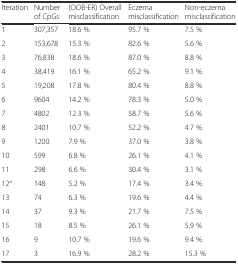
<table><thead><tr><td><b>Iteration</b></td><td><b>Number of CpGs</b></td><td><b>(OOB-ER) Overall misclassification</b></td><td><b>Eczema misclassification</b></td><td><b>Non-eczema misclassification</b></td></tr></thead><tbody><tr><td>1</td><td>307,357</td><td>18.6 %</td><td>95.7 %</td><td>7.5 %</td></tr><tr><td>2</td><td>153,678</td><td>15.3 %</td><td>82.6 %</td><td>5.6 %</td></tr><tr><td>3</td><td>76,838</td><td>18.6 %</td><td>87.0 %</td><td>8.8 %</td></tr><tr><td>4</td><td>38,419</td><td>16.1 %</td><td>65.2 %</td><td>9.1 %</td></tr><tr><td>5</td><td>19,208</td><td>17.8 %</td><td>80.4 %</td><td>8.8 %</td></tr><tr><td>6</td><td>9604</td><td>14.2 %</td><td>78.3 %</td><td>5.0 %</td></tr><tr><td>7</td><td>4802</td><td>12.3 %</td><td>58.7 %</td><td>5.6 %</td></tr><tr><td>8</td><td>2401</td><td>10.7 %</td><td>52.2 %</td><td>4.7 %</td></tr><tr><td>9</td><td>1200</td><td>7.9 %</td><td>37.0 %</td><td>3.8 %</td></tr><tr><td>10</td><td>599</td><td>6.8 %</td><td>26.1 %</td><td>4.1 %</td></tr><tr><td>11</td><td>298</td><td>6.6 %</td><td>30.4 %</td><td>3.1 %</td></tr><tr><td>12<sup>a</sup></td><td>148</td><td>5.2 %</td><td>17.4 %</td><td>3.4 %</td></tr><tr><td>13</td><td>74</td><td>6.3 %</td><td>19.6 %</td><td>4.4 %</td></tr><tr><td>14</td><td>37</td><td>9.3 %</td><td>21.7 %</td><td>7.5 %</td></tr><tr><td>15</td><td>18</td><td>8.5 %</td><td>26.1 %</td><td>5.9 %</td></tr><tr><td>16</td><td>9</td><td>10.7 %</td><td>19.6 %</td><td>9.4 %</td></tr><tr><td>17</td><td>3</td><td>16.9 %</td><td>28.2 %</td><td>15.3 %</td></tr></tbody></table>